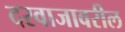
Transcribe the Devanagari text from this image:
दरवाजावरील